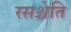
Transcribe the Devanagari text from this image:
रसश्चेति